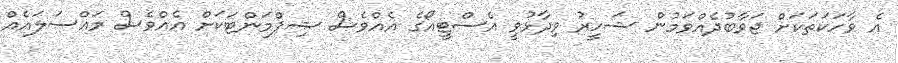
އެ ވާހަކަތަކަށް ޖަވާބުދެއްވަމުން ޝަހީރު ވިދާޅުވީ އެސްޓީއޯގެ އެއްވެސް ޝިޕްމަންޓަކަށް އެއްވެސް މައްސަލައެއް